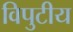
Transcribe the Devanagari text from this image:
विपुटीय